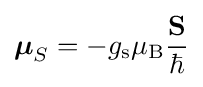
{\boldsymbol {\mu }}_{S}=-g_{\text{s}}\mu _{\text{B}}{\frac {\mathbf {S} }{\hbar }}